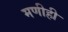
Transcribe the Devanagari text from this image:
मणीही